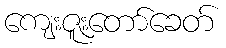
ကျေးဇူးတော်ခေတ်